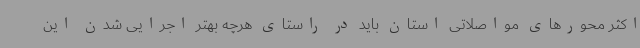
اکثر محورهای مواصلاتی استان باید در راستای هرچه بهتر اجرایی شدن این